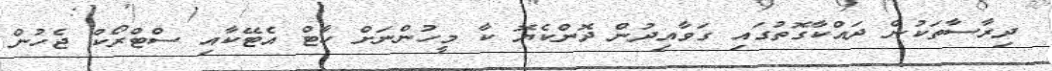
ދިރާސާތަކުން ދައްކާގޮތުގައި ގަވާއިދުން ދޮންކެޔޮ ކާ މީހުންނަށް ހާޓް އެޓޭކާއި ސްޓްރޯކް ޖެހުން